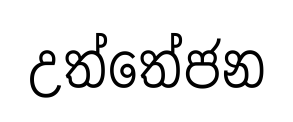
උත්තේජන